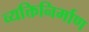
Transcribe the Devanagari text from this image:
व्यक्तिनिर्माण